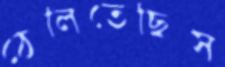
ঠেলিতেছিস